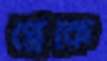
প্লেকে